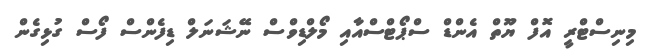
މިނިސްޓްރީ އޮފް ޔޫތް އެންޑް ސްޕޯޓްސްއާއި މޯލްޑިވްސް ނޭޝަނަލް ޑިފެންސް ފޯސް ގުޅިގެން